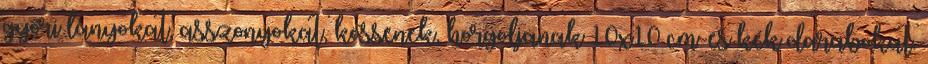
győri lányokat, asszonyokat, kössenek, horgoljanak 10x10 cm-es kék darabokat.